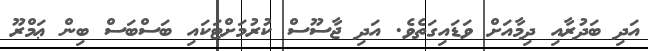
އަދި ބަދުރާއި ދިމާއަށް ވަޑައިގަތެވެ. އަދި ޖާސޫސް ކުރުމަށްޓަކައި ބަސްބަސް ބިން ޢަމްރޫ